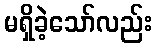
မရှိခဲ့သော်လည်း